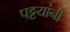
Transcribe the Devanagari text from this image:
पट्टयांनी